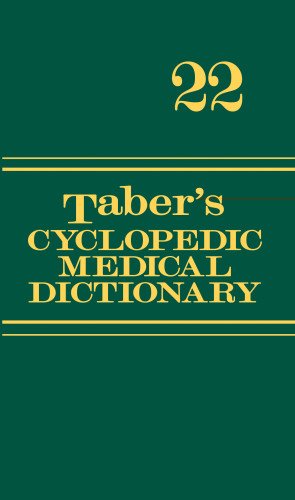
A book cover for Taber's Cyclopedic Medical Dictionary (Thumb-indexed Version) (Taber's Cyclopedic Medical Dictionary (Thumb Index Version)); Medical Books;